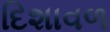
દિશાવળ